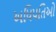
અધિપતિઓ